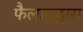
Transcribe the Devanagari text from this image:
फैलावद्वारा